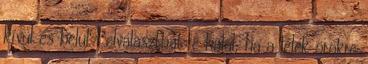
kívül és belül? elválaszthat-e halál, ha a lélek örökre